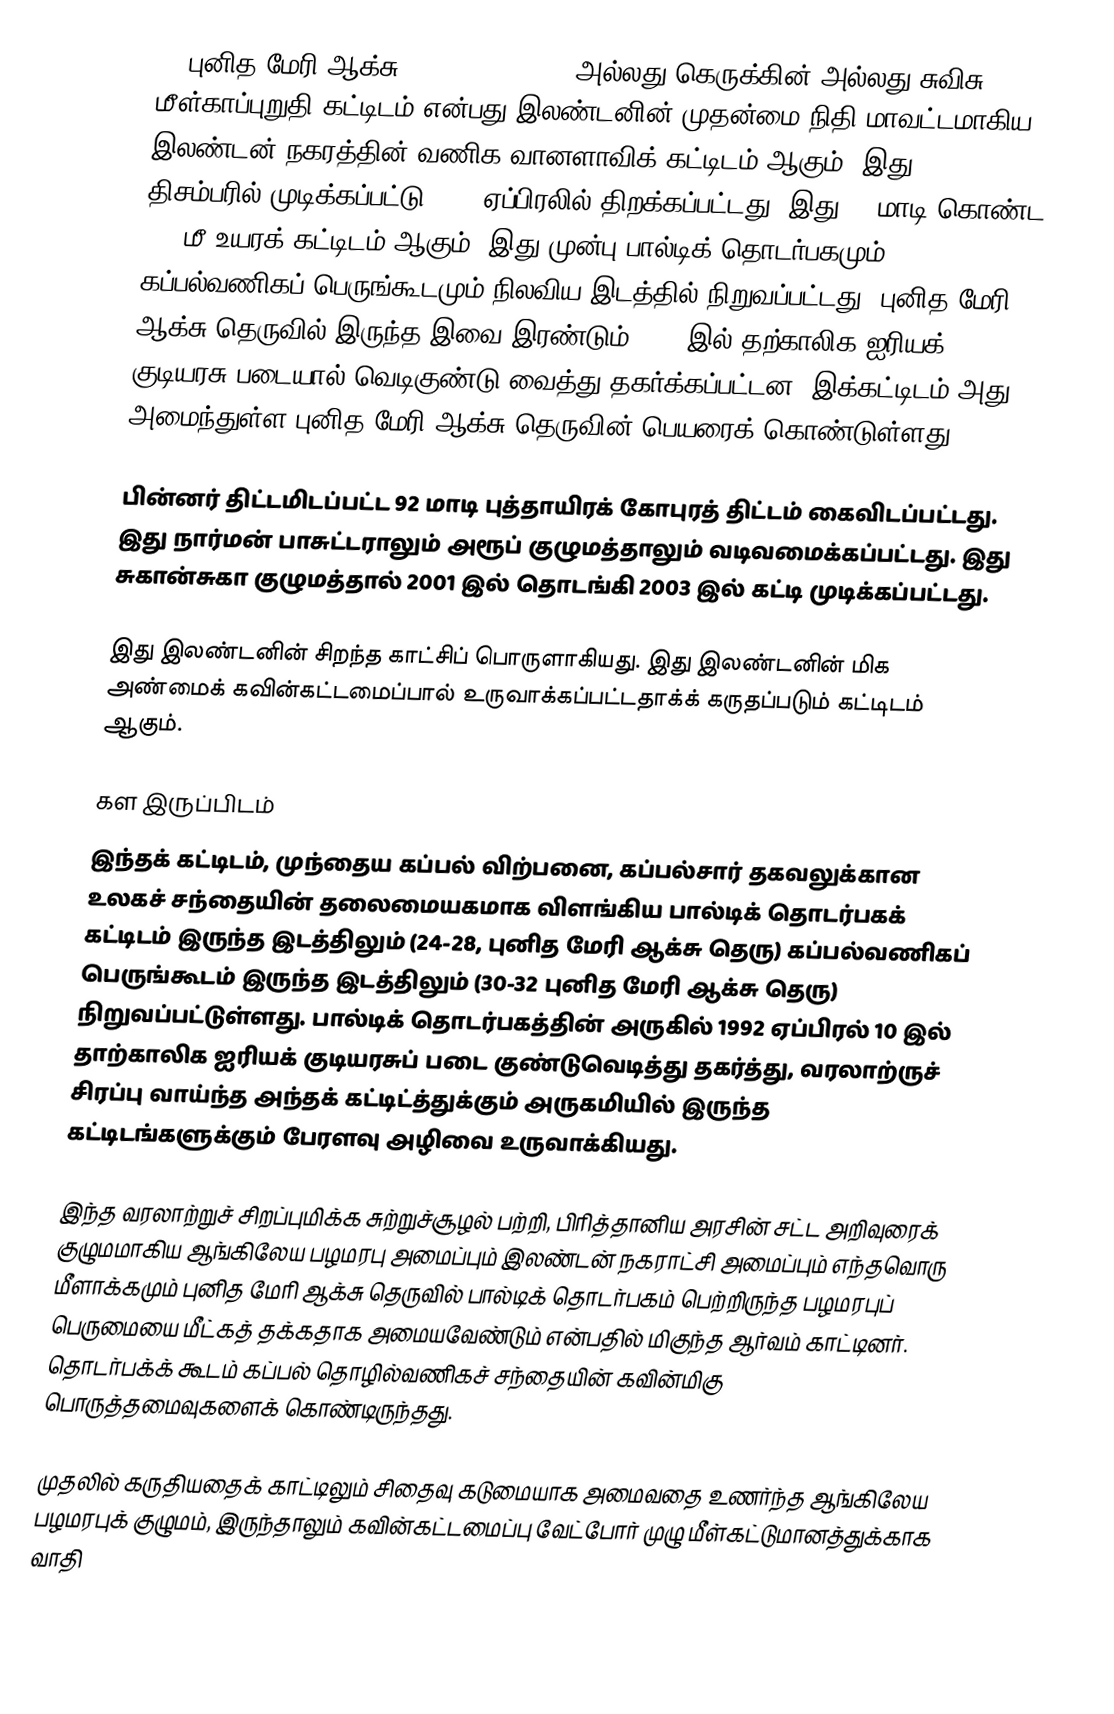
30 புனித மேரி ஆக்சு (30 St Mary Axe) அல்லது கெருக்கின் அல்லது சுவிசு மீள்காப்புறுதி கட்டிடம் என்பது இலண்டனின் முதன்மை நிதி மாவட்டமாகிய இலண்டன் நகரத்தின் வணிக வானளாவிக் கட்டிடம் ஆகும். இது 2003 திசம்பரில் முடிக்கப்பட்டு 2004 ஏப்பிரலில் திறக்கப்பட்டது. இது 41 மாடி கொண்ட 180 மீ உயரக் கட்டிடம் ஆகும். இது முன்பு பால்டிக் தொடர்பகமும் கப்பல்வணிகப் பெருங்கூடமும் நிலவிய இடத்தில் நிறுவப்பட்டது. புனித மேரி ஆக்சு தெருவில் இருந்த இவை இரண்டும் 1992 இல் தற்காலிக ஐரியக் குடியரசு படையால் வெடிகுண்டு வைத்து தகர்க்கப்பட்டன. இக்கட்டிடம் அது அமைந்துள்ள புனித மேரி ஆக்சு தெருவின் பெயரைக் கொண்டுள்ளது.

பின்னர் திட்டமிடப்பட்ட 92 மாடி புத்தாயிரக் கோபுரத் திட்டம் கைவிடப்பட்டது. இது நார்மன் பாசுட்டராலும் அரூப் குழுமத்தாலும் வடிவமைக்கப்பட்டது. இது சுகான்சுகா குழுமத்தால் 2001 இல் தொடங்கி 2003 இல் கட்டி முடிக்கப்பட்டது.

இது இலண்டனின் சிறந்த காட்சிப் பொருளாகியது. இது இலண்டனின் மிக அண்மைக் கவின்கட்டமைப்பால் உருவாக்கப்பட்டதாக்க் கருதப்படும் கட்டிடம் ஆகும்.

கள இருப்பிடம்
இந்தக் கட்டிடம், முந்தைய கப்பல் விற்பனை, கப்பல்சார் தகவலுக்கான உலகச் சந்தையின் தலைமையகமாக விளங்கிய பால்டிக் தொடர்பகக் கட்டிடம் இருந்த இடத்திலும் (24-28, புனித மேரி ஆக்சு தெரு)  கப்பல்வணிகப் பெருங்கூடம் இருந்த இடத்திலும் (30-32 புனித மேரி ஆக்சு தெரு) நிறுவப்பட்டுள்ளது. பால்டிக் தொடர்பகத்தின் அருகில் 1992 ஏப்பிரல் 10 இல் தாற்காலிக ஐரியக் குடியரசுப் படை குண்டுவெடித்து தகர்த்து, வரலாற்ருச் சிரப்பு வாய்ந்த அந்தக் கட்டிட்த்துக்கும் அருகமியில் இருந்த கட்டிடங்களுக்கும் பேரளவு அழிவை உருவாக்கியது.

இந்த வரலாற்றுச் சிறப்புமிக்க சுற்றுச்சூழல் பற்றி, பிரித்தானிய அரசின் சட்ட அறிவுரைக் குழுமமாகிய ஆங்கிலேய பழமரபு அமைப்பும் இலண்டன் நகராட்சி அமைப்பும் எந்தவொரு மீளாக்கமும் புனித மேரி ஆக்சு தெருவில் பால்டிக் தொடர்பகம் பெற்றிருந்த பழமரபுப் பெருமையை மீட்கத் தக்கதாக அமையவேண்டும் என்பதில் மிகுந்த ஆர்வம் காட்டினர். தொடர்பக்க் கூடம் கப்பல் தொழில்வணிகச் சந்தையின் கவின்மிகு பொருத்தமைவுகளைக் கொண்டிருந்தது.

முதலில் கருதியதைக் காட்டிலும் சிதைவு கடுமையாக அமைவதை உணர்ந்த ஆங்கிலேய பழமரபுக் குழுமம், இருந்தாலும் கவின்கட்டமைப்பு வேட்போர் முழு மீள்கட்டுமானத்துக்காக வாதி